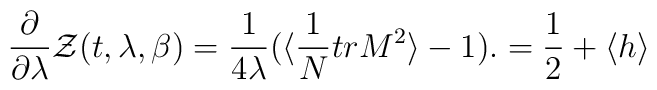
{\partial\over\partial\lambda}{\cal Z}(t,\lambda,\beta)=      {1\over 4\lambda}(\langle{1\over N} tr M^2\rangle -1).={1\over 2}+\langle h \rangle